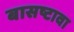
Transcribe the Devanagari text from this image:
बासष्टावा